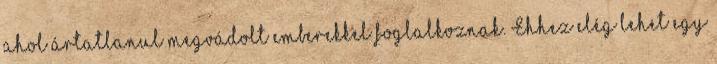
ahol ártatlanul megvádolt emberekkel foglalkoznak. Ehhez elég lehet egy